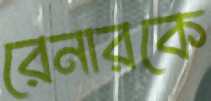
রেনারকে